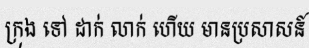
ក្រុង ទៅ ដាក់ លាក់ ហើយ មានប្រសាសន៍